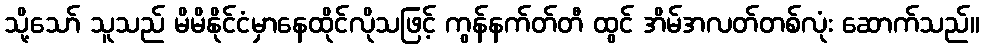
သို့သော် သူသည် မိမိနိုင်ငံမှာနေထိုင်လိုသဖြင့် ကွန်နက်တ်တီ ထွင် အိမ်အလတ်တစ်လုံး ဆောက်သည်။